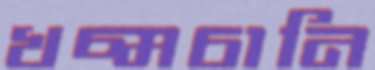
খচ্‌মচানি